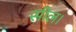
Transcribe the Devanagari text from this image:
सील।